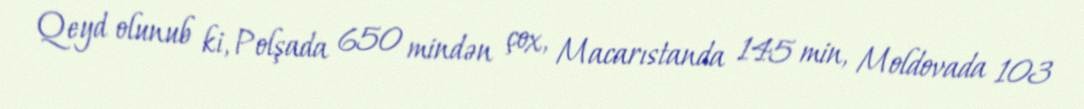
Qeyd olunub ki, Polşada 650 mindən çox, Macarıstanda 145 min, Moldovada 103